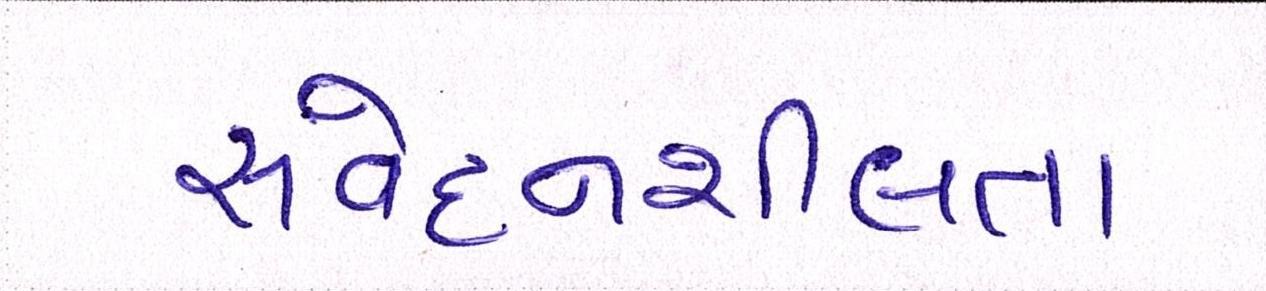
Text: સંવેદનશીલતા